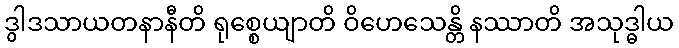
ဒွါဒသာယတနာနီတိ ရုစ္စေယျာတိ ဝိဟေသေန္တိ နဿာတိ အသုဒ္ဓါယ